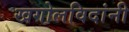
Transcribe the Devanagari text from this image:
खगोलविदांनी